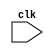
module operand_fetch_execute (clk);

input clk;
              
wire clk;
reg [31:0] instruction,pc_current,branchtarget,op2,op1,immx;
reg isst, isld, isbeq, isbgt, isret, isimmediate, iswb, isubranch, iscall;
reg [4:0] alusignal;

                   always @(negedge clk )
                   begin
                   # 9.99
                   instruction   <= p.pr1.instruction;
                   pc_current    <= p.pr1.pc_current;
                   branchtarget  = p.branchtarget;
                   op1           = p.op1;
                   op2           = p.op2;
                   isst          = p.isst;
                   isld          = p.isld;
                   isbeq         = p.isbeq;
                   isbgt         = p.isbgt;
                   isret         = p.isret;
                   isimmediate   = p.isimmediate;
                   iswb          = p.iswb;
                   isubranch     = p.isubranch;
                   iscall        = p.iscall;
                   alusignal     = p.alusignal;
                   immx          = p.immx;
                   
                   end
                   
                   endmodule